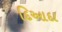
દિઆદા